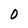
Character: O